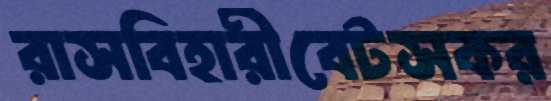
রাসবিহারীবেটসকর